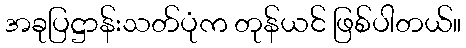
အခုပြဋ္ဌာန်းသတ်ပုံက တုန်ယင် ဖြစ်ပါတယ်။